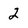
Character: 2